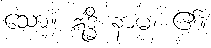
သော။ ဣဒ္ဓိ နာမ၊ ၏။